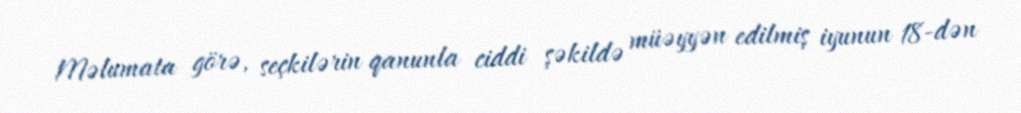
Məlumata görə, seçkilərin qanunla ciddi şəkildə müəyyən edilmiş iyunun 18-dən